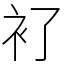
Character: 𧘈